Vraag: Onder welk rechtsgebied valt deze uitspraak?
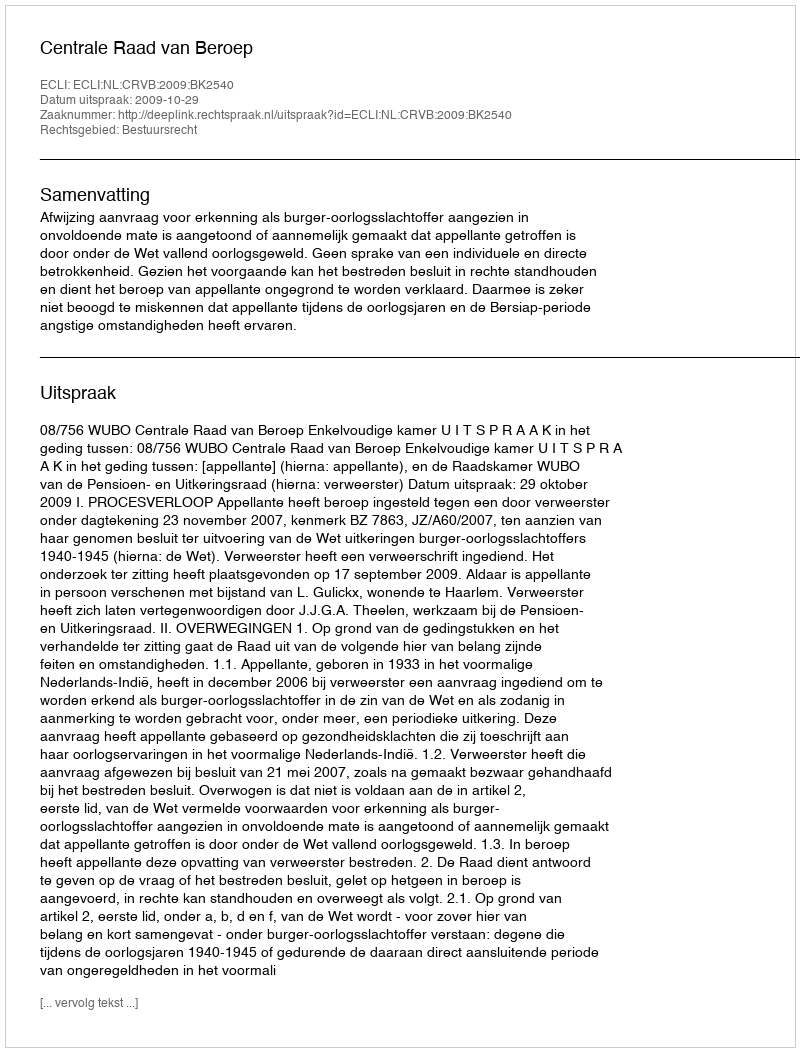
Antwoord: Bestuursrecht